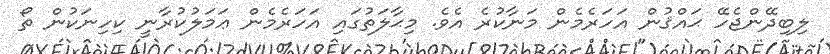
ލިބިދޭންޖެހޭ ޙައްޤުން އަހަރެމެން މަނާކުރެ އެވެ. މިޙާލަތުގައި އަހަރެމެން ޢަމަލުކުރާނީ ކިހިނަކުން ތޯ